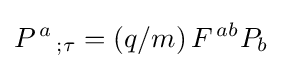
P^{\,a}{}_{\,;\tau }=(q/m)\,F^{\,ab}P_{b}